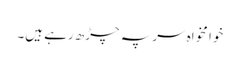
خوا مخواہ سر پہ چڑھ رہے ہیں۔